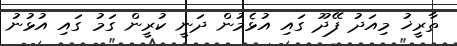
ތާރީޚު މިއަދު ފޭދޫ ގައި އުޅެމުން ދަނީ ކުރީން ގަމު ގައި އުޅުނު